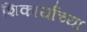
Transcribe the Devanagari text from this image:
शिकार्यांच्या